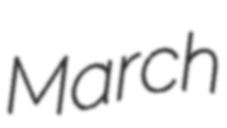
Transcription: March